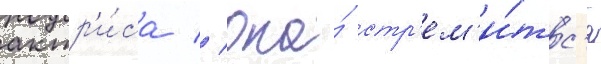
актр'и́са // Она́ стр'ем'и́тс'я